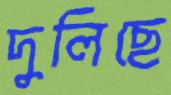
দুলিছে